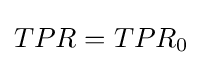
TPR=TPR_{0}